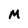
Character: M